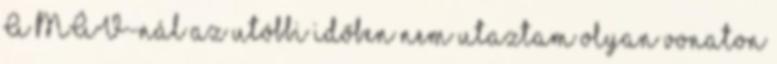
A MÁV-nál az utóbbi időben nem utaztam olyan vonaton